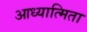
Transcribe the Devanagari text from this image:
आध्यात्मिता